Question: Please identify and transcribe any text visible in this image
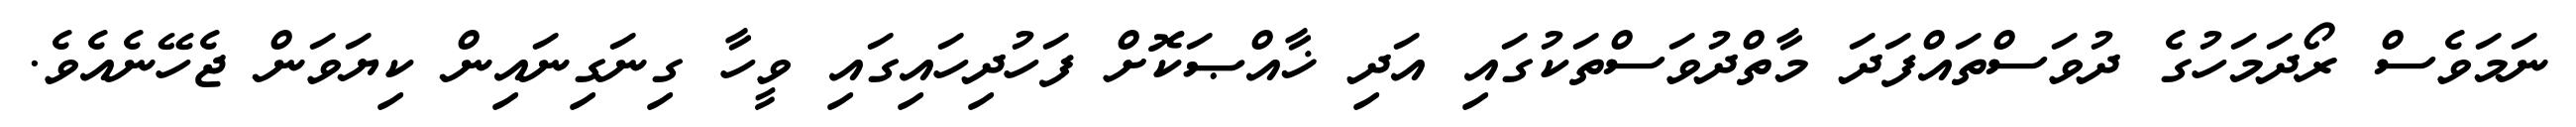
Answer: ނަމަވެސް ރޯދަމަހުގެ ދުވަސްތައްފަދަ މާތްދުވަސްތަކުގައި އަދި ޚާއްޞަކޮށް ފަހުދިހައިގައި ވީހާ ގިނަގިނައިން ކިޔަވަން ޖެހޭނެއެވެ.